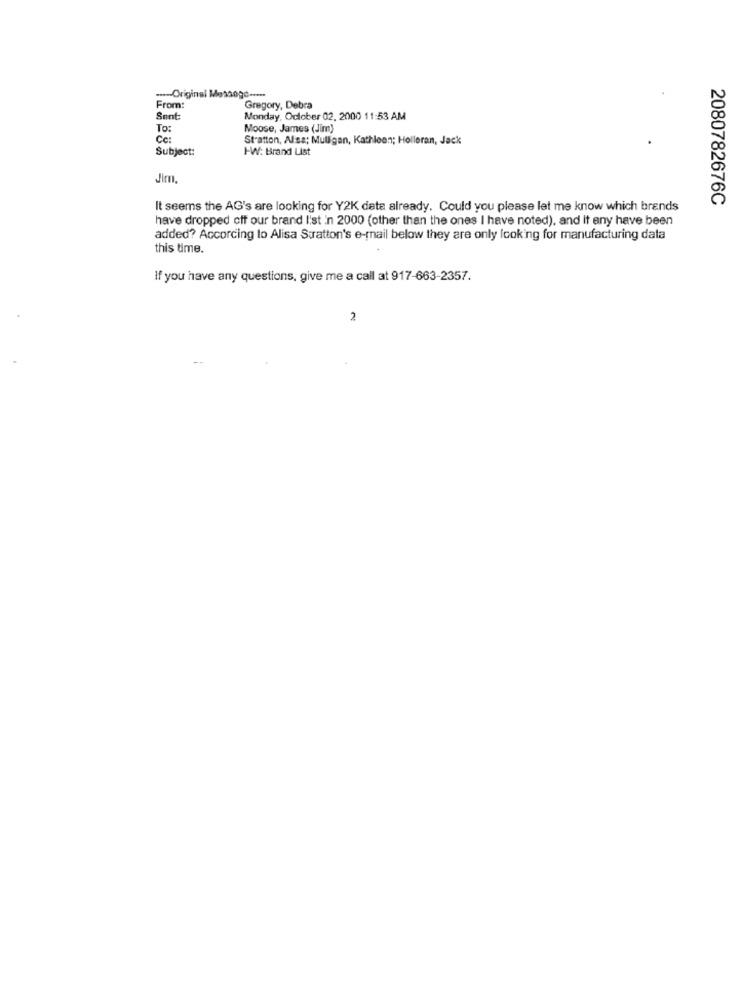
-- Original Message -....
From:
Gregory, Debra
Sent
Monday, October 02, 2000 11:53 AM
To:
Moose, James (Jim)
Cc:
Stratton, Alsa; Mulligan, Kathleen; Holleran, Jack
Subject:
I-W/: Brand List
Jim,
2080782676C
It seems the AG's are looking for Y2K data already. Could you please let me know which brands
have dropped off our brand Iist in 2000 (other than the ones I have noted), and It any have been
added? According to Alisa Suratton's e-mail below they are only looking for manufacturing data
this time.
If you have any questions, give me a call at 917-663-2357.
2